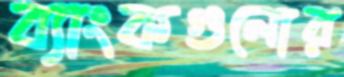
ব্যাংকগুলোর